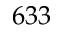
6 3 3